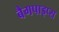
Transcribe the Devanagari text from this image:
बैगपाइप्स